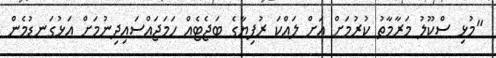
"މުޅި ސްކޫލު މަރާމާތު ކުރުމަށް އަށް ލައްކަ ރުފިޔާގެ ބަޖެޓެއް ހަމަޖައްސައިދިނުމަށް އަޅުގަނޑުމެން